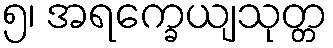
၅၊ အရက္ခေယျသုတ္တ